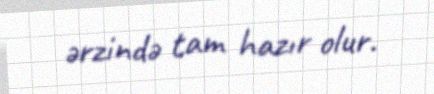
ərzində tam hazır olur.